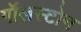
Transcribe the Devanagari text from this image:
गॉलस्टोन